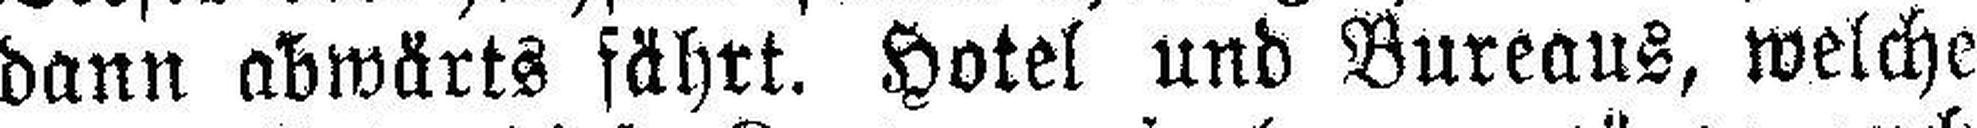
dann abwärts fährt. Hotel und Bureaus, welche